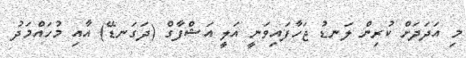
މި އަދަދަށް ކުރިން ލަނޑު ޖަހާފައިވަނީ އަލީ އަޝްފާގް (ދަގަނޑޭ) އާއި މުހައްމަދު